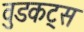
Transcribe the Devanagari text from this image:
वुडकट्स